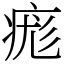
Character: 痝